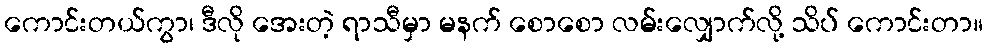
ကောင်းတယ်ကွာ၊ ဒီလို အေးတဲ့ ရာသီမှာ မနက် စောစော လမ်းလျှောက်လို့ သိပ် ကောင်းတာ။